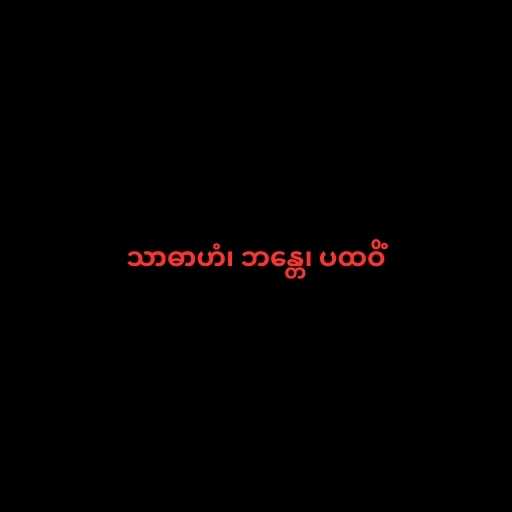
သာဓာဟံ၊ ဘန္တေ၊ ပထဝိံ